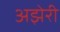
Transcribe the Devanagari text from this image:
अझेरी